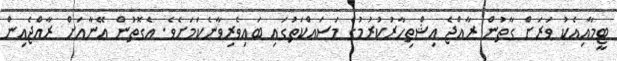
ޓީމާއިއެކު ވަރަށް ގާތުން ރާއްޖެ އިޝްތިހާރުކުރުމުގެ މަސައްކަތުގައި ބައިވެރިވާނެކަމަށެވެ. އެގޮތުން އޭނާއަށް ރާއްޖެއިން